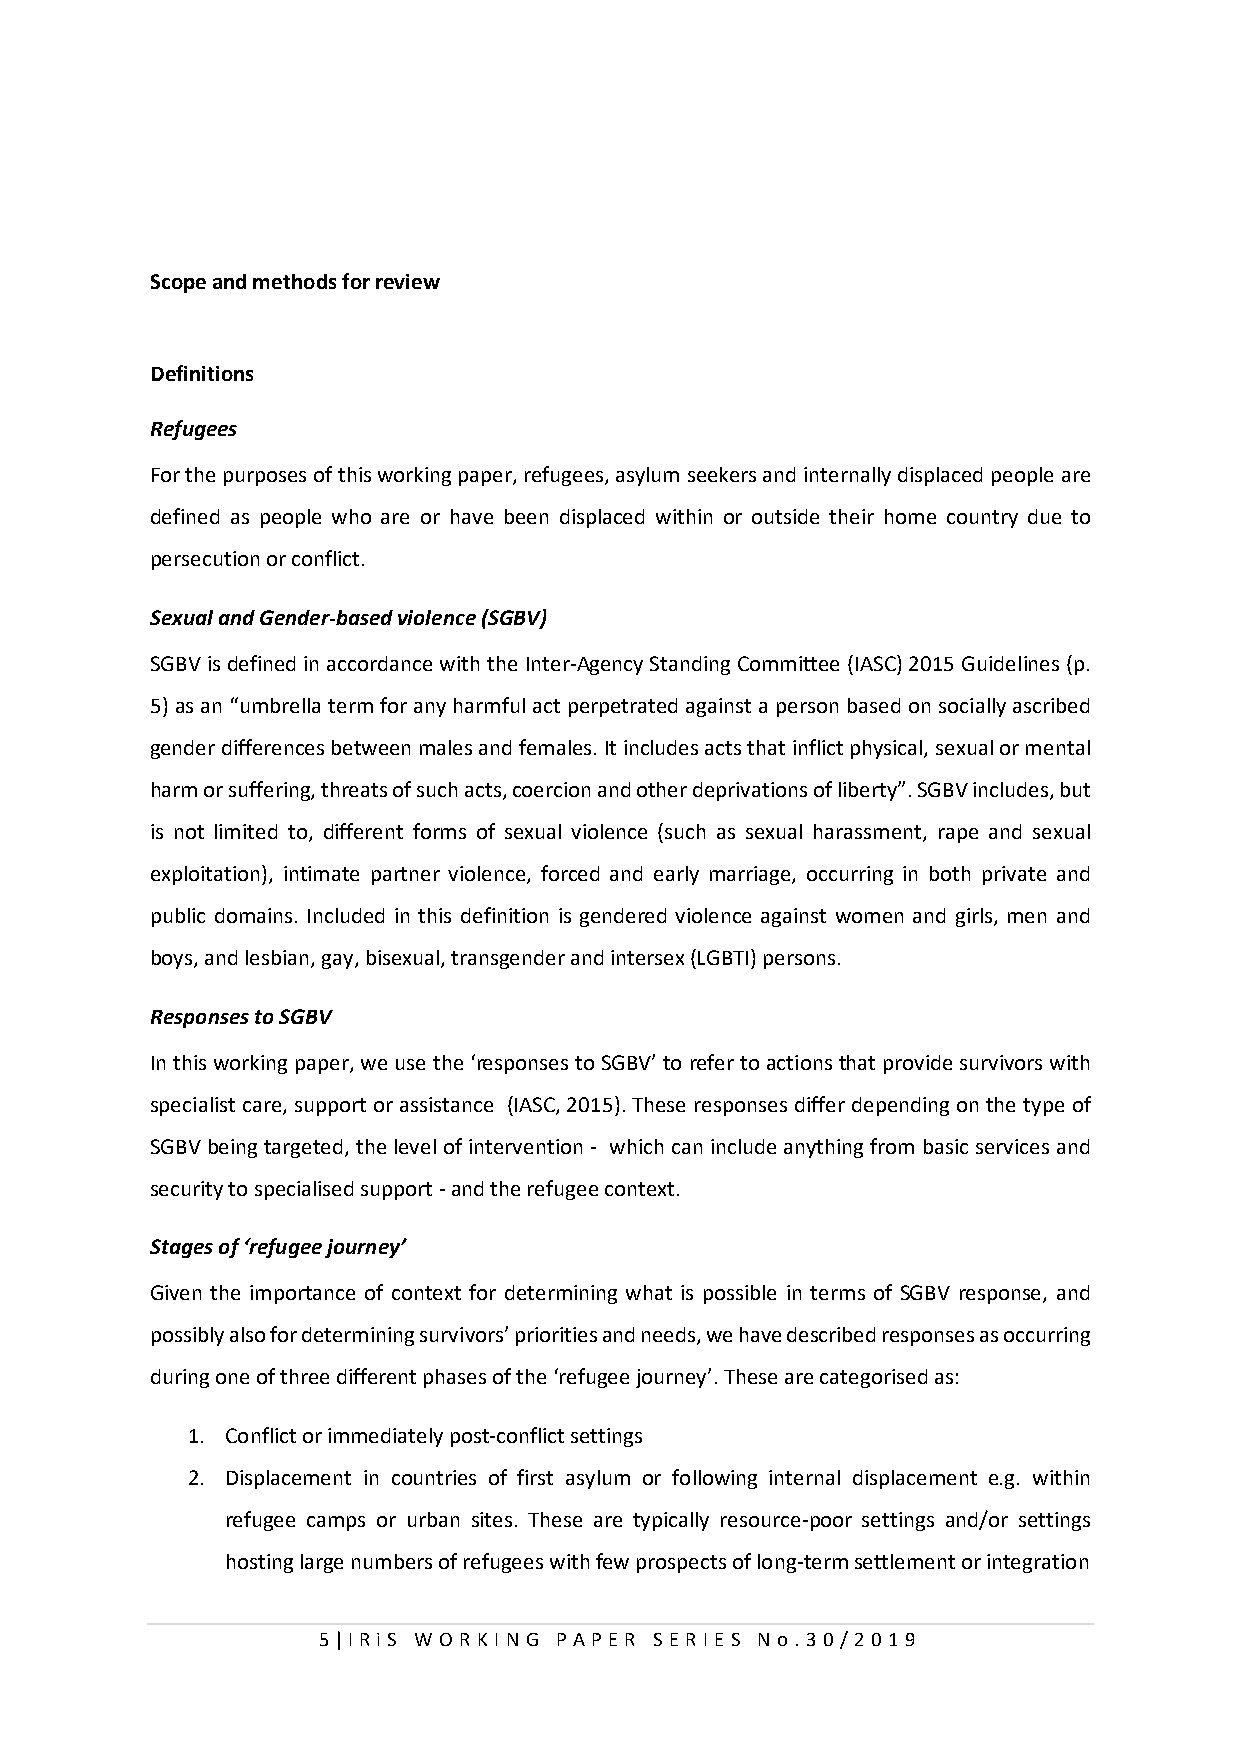
Scope and methods for review
 Definitions
 Refugees
 For the purposes of this working paper, refugees, asylum seekers and internally displaced people are
 defined as people who are or have been displaced within or outside their home country due to
 persecution or conflict.
 Sexual and Gender-based violence (SGBV)
 SGBV is defined in accordance with the Inter-Agency Standing Committee (IASC) 2015 Guidelines (p.
 5) as an “umbrella term for any harmful act perpetrated against a person based on socially ascribed
 gender differences between males and females. It includes acts that inflict physical, sexual or mental
 harm or suffering, threats of such acts, coercion and other deprivations of liberty”. SGBV includes, but
 is not limited to, different forms of sexual violence (such as sexual harassment, rape and sexual
 exploitation), intimate partner violence, forced and early marriage, occurring in both private and
 public domains. Included in this definition is gendered violence against women and girls, men and
 boys, and lesbian, gay, bisexual, transgender and intersex (LGBTI) persons.
 Responses to SGBV
 In this working paper, we use the ‘responses to SGBV’ to refer to actions that provide survivors with
 specialist care, support or assistance (IASC, 2015). These responses differ depending on the type of
 SGBV being targeted, the level of intervention - which can include anything from basic services and
 security to specialised support - and the refugee context.
 Stages of ‘refugee journey’
 Given the importance of context for determining what is possible in terms of SGBV response, and
 possibly also for determining survivors’ priorities and needs, we have described responses as occurring
 during one of three different phases of the ‘refugee journey’. These are categorised as:
 1. Conflict or immediately post-conflict settings
 2. Displacement in countries of first asylum or following internal displacement e.g. within
 refugee camps or urban sites. These are typically resource-poor settings and/or settings
 hosting large numbers of refugees with few prospects of long-term settlement or integration
 5 | I RiS W O R KI N G P AP E R SE RI E S N o . 30/2019